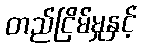
တည်ငြိမ်မှုနှင့်